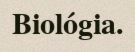
Biológia.